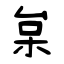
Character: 枲